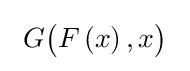
\ G{\bigl (}F\left(x\right),x{\bigr )}\